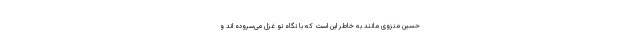
حسین منزوی مانند به خاطر این است که با نگاه نو غزل می‌سروده اند و